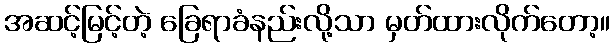
အဆင့်မြင့်တဲ့ ခြေရာခံနည်းလို့သာ မှတ်ထားလိုက်တော့။